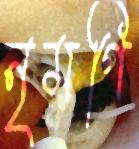
নৃমণি